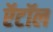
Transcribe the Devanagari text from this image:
ऍटॉल